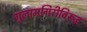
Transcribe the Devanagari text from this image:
गुलामगिरीविरूद्ध